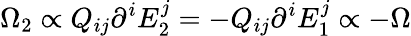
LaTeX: \Omega_{2}\propto Q_{ij}\partial^{i}E_{2}^{j}=-Q_{ij}\partial^{i}E_{1}^{j}\propto-\Omega